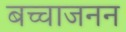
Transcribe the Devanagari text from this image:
बच्चाजनन